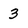
Character: 3